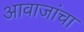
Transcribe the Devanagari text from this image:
आवाजांचा